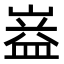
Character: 𭗆